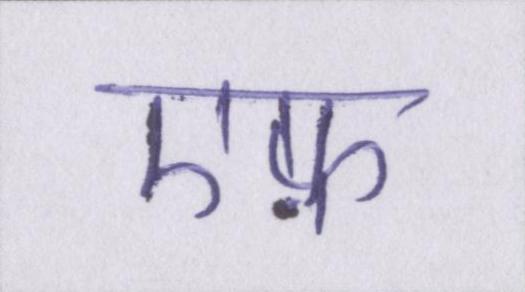
एफ़